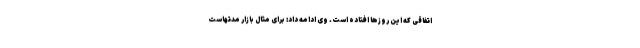
اتفاقی که این روز‌ها افتاده است. وی ادامه داد: برای مثال بازار مدتهاست